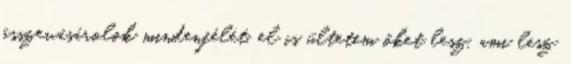
összevásárolok mindenfélét, el is ültetem őket lesz, ami lesz